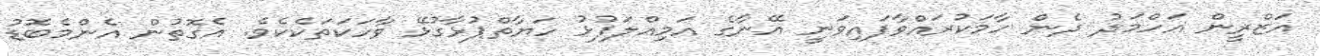
އަޒްރީން އަހްމަދު ދެން ހާމަކުރައްވާފައިވަނީ އޭނާގެ އަމިއްލަފުޅު ހަޔާތްޕުޅާގުޅޭ ވާހަކަތަކެކެވެ. އެގޮތުން އެންމެބޮޑު